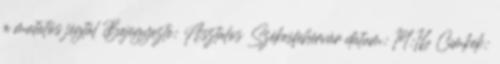
a mutatós jégtál Bejegyezte: Asztalos Székesfehérvár dátum: 14:16 Címkék: